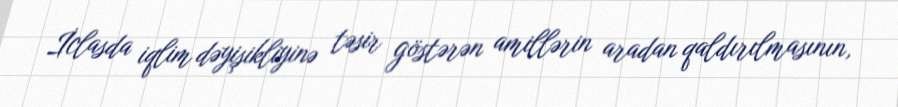
İclasda iqlim dəyişikliyinə təsir göstərən amillərin aradan qaldırılmasının,